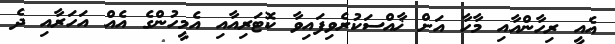
އެއީ ރިހާންއާއި މާހާ އަށް ޚާއްސަކުރެވިފައިވާ ކޮޓަރިއާއި އެމީހުންގެ އެއް އަހަރާއި ދެ